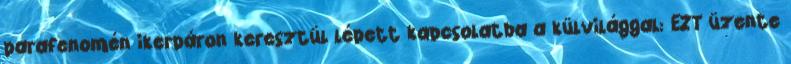
parafenomén ikerpáron keresztül lépett kapcsolatba a külvilággal: EZT üzente